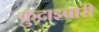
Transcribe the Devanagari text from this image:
कुंदाइबारी